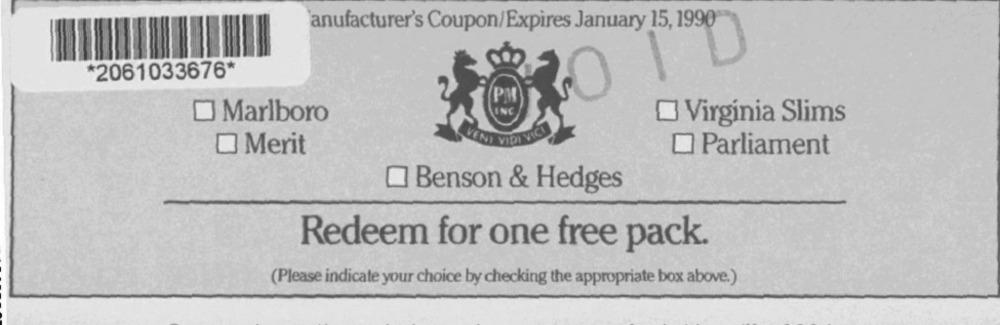
anufacturer's Coupon/Expires January 15, 1990
*2061033676*
Marlboro
Virginia Slims
Merit
Parliament
Benson & Hedges
Redeem for one free pack.
(Please indicate your choice by checking the appropriate box above.)